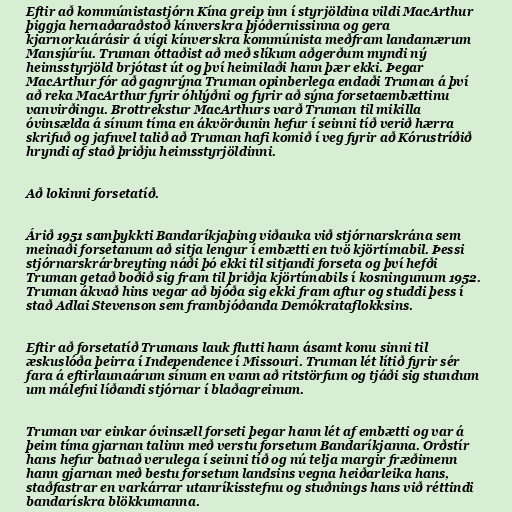
Eftir að kommúnistastjórn Kína greip inn í styrjöldina vildi MacArthur
þiggja hernaðaraðstoð kínverskra þjóðernissinna og gera
kjarnorkuárásir á vígi kínverskra kommúnista meðfram landamærum
Mansjúríu. Truman óttaðist að með slíkum aðgerðum myndi ný
heimsstyrjöld brjótast út og því heimilaði hann þær ekki. Þegar
MacArthur fór að gagnrýna Truman opinberlega endaði Truman á því
að reka MacArthur fyrir óhlýðni og fyrir að sýna forsetaembættinu
vanvirðingu. Brottrekstur MacArthurs varð Truman til mikilla
óvinsælda á sínum tíma en ákvörðunin hefur í seinni tíð verið hærra
skrifuð og jafnvel talið að Truman hafi komið í veg fyrir að Kórustríðið
hryndi af stað þriðju heimsstyrjöldinni.

Að lokinni forsetatíð.

Árið 1951 samþykkti Bandaríkjaþing viðauka við stjórnarskrána sem
meinaði forsetanum að sitja lengur í embætti en tvö kjörtímabil. Þessi
stjórnarskrárbreyting náði þó ekki til sitjandi forseta og því hefði
Truman getað boðið sig fram til þriðja kjörtímabils í kosningunum 1952.
Truman ákvað hins vegar að bjóða sig ekki fram aftur og studdi þess í
stað Adlai Stevenson sem frambjóðanda Demókrataflokksins.

Eftir að forsetatíð Trumans lauk flutti hann ásamt konu sinni til
æskuslóða þeirra í Independence í Missouri. Truman lét lítið fyrir sér
fara á eftirlaunaárum sínum en vann að ritstörfum og tjáði sig stundum
um málefni líðandi stjórnar í blaðagreinum.

Truman var einkar óvinsæll forseti þegar hann lét af embætti og var á
þeim tíma gjarnan talinn með verstu forsetum Bandaríkjanna. Orðstír
hans hefur batnað verulega í seinni tíð og nú telja margir fræðimenn
hann gjarnan með bestu forsetum landsins vegna heiðarleika hans,
staðfastrar en varkárrar utanríkisstefnu og stuðnings hans við réttindi
bandarískra blökkumanna.